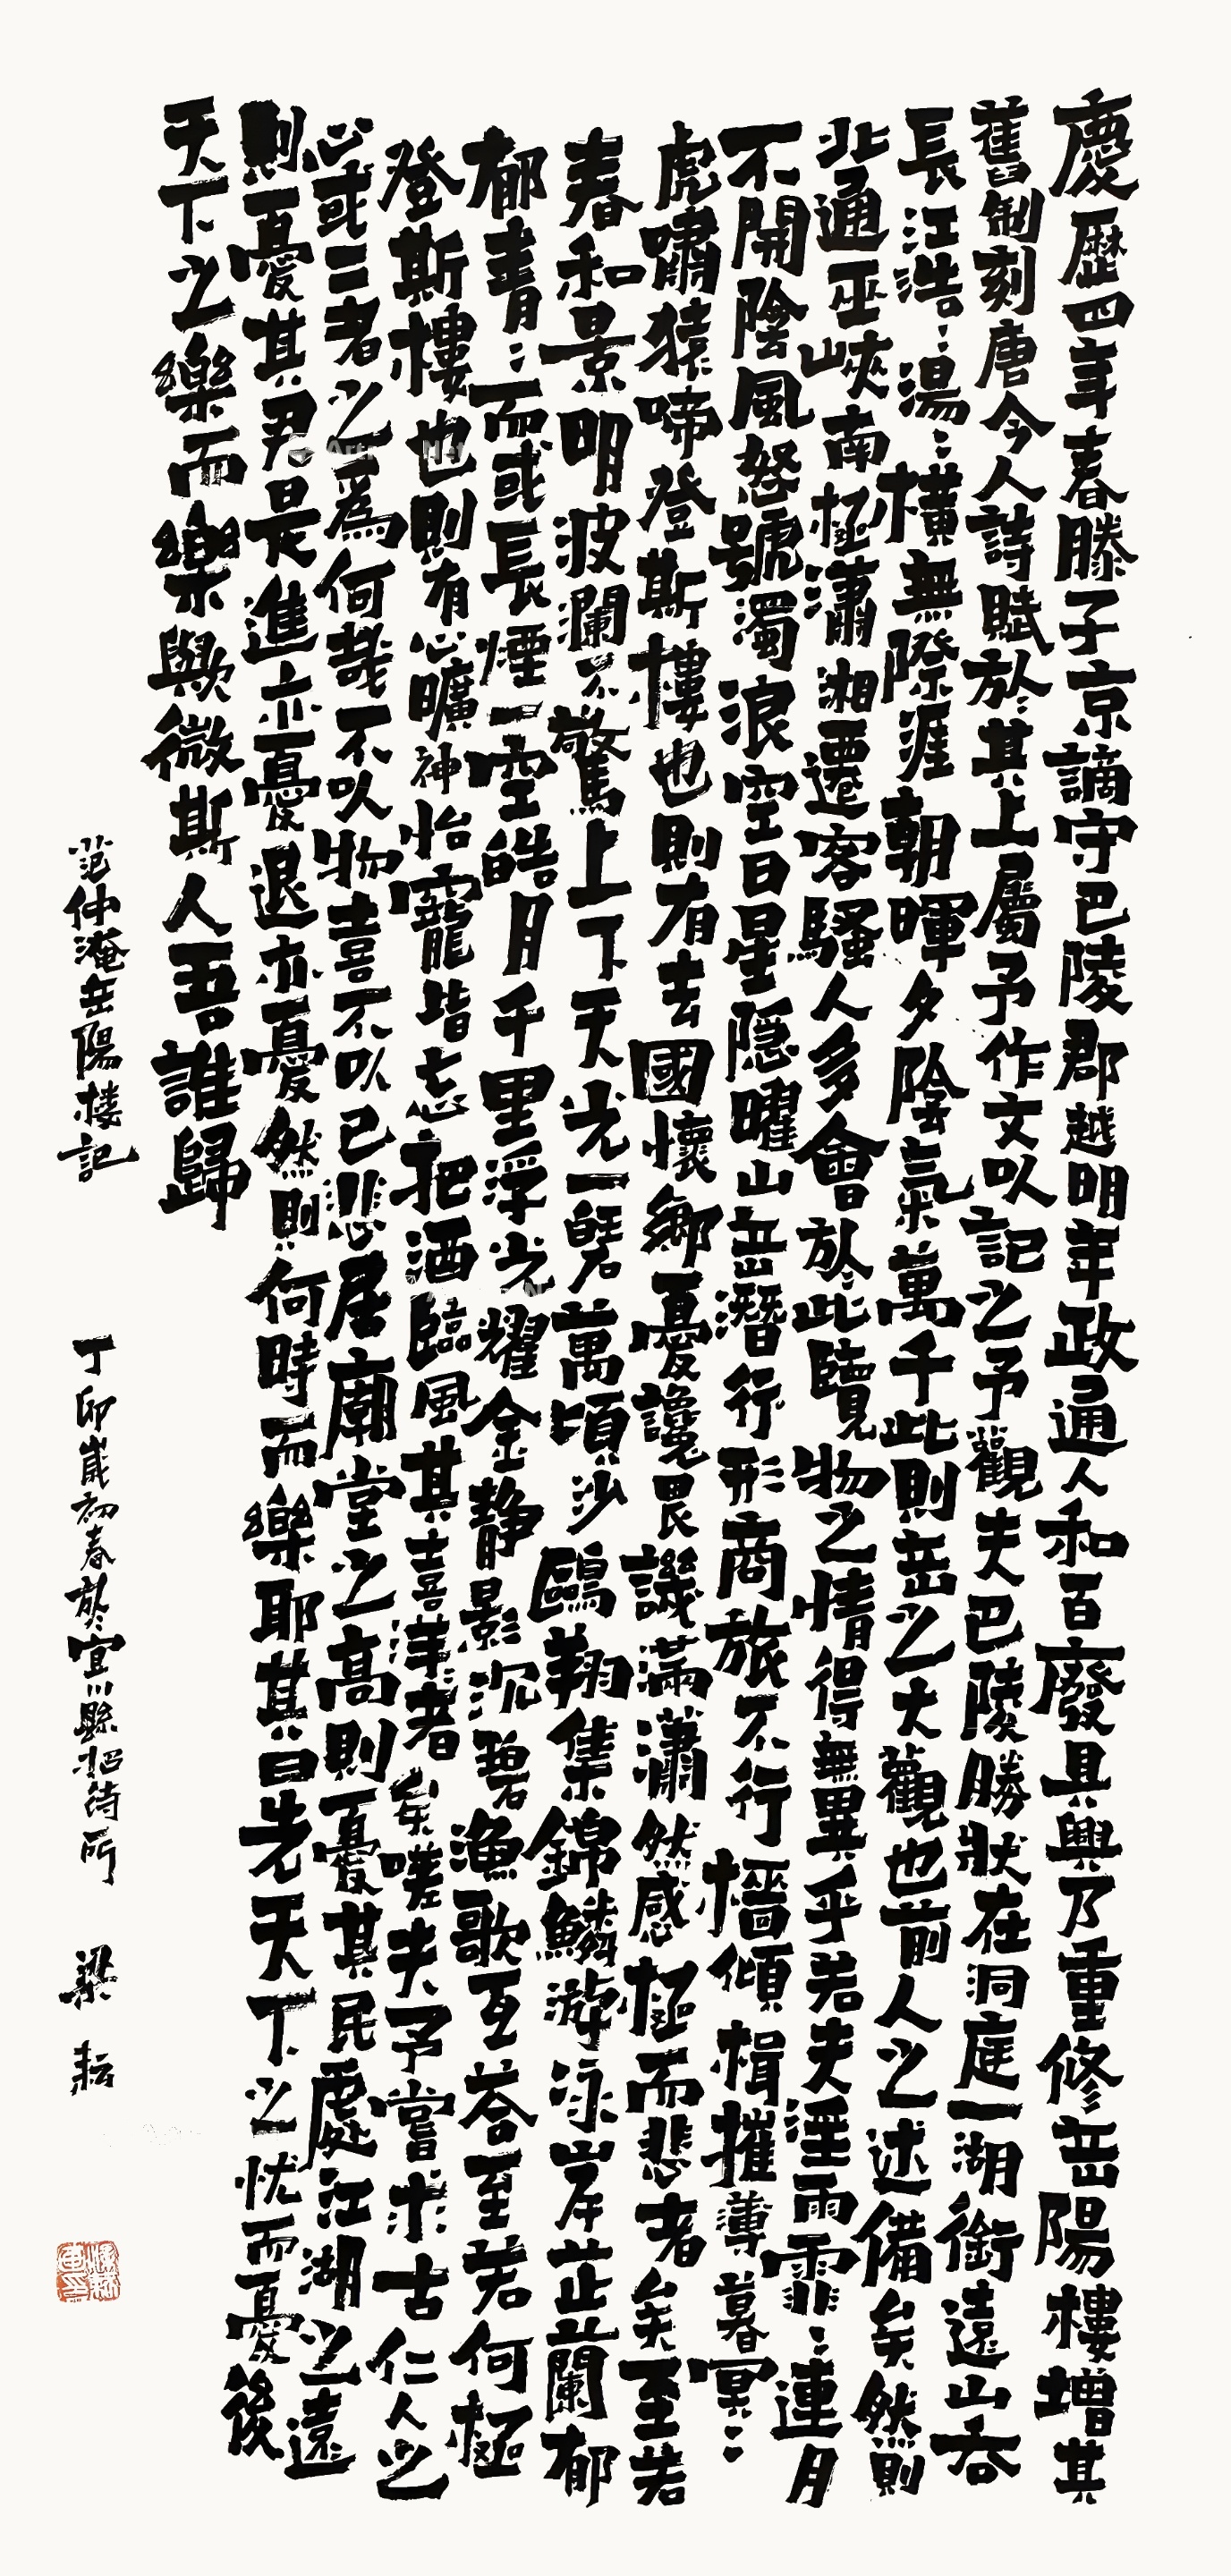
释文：庆历四年春，滕子京谪守巴陵郡。越明年，政通人和，百废俱兴。乃重修岳阳楼，增其旧制，刻唐贤今人诗赋于其上。属予作文以记之。

予观夫巴陵胜状，在洞庭一湖。衔远山，吞长江，浩浩汤汤，横无际涯；朝晖夕阴，气象万千。此则岳阳楼之大观也，前人之述备矣。然则北通巫峡，南极潇湘，迁客骚人，多会于此，览物之情，得无异乎？

若夫霪雨霏霏，连月不开，阴风怒号，浊浪排空；日星隐曜，山岳潜形；商旅不行，樯倾楫摧；薄暮冥冥，虎啸猿啼。登斯楼也，则有去国怀乡，忧谗畏讥，满目萧然，感极而悲者矣。

至若春和景明，波澜不惊，上下天光，一碧万顷；沙鸥翔集，锦鳞游泳；岸芷汀兰，郁郁青青。而或长烟一空，皓月千里，浮光跃金，静影沉璧，渔歌互答，此乐何极！登斯楼也，则有心旷神怡，宠辱偕忘，把酒临风，其喜洋洋者矣。

嗟夫！予尝求思前人之述，或异二者之为，何哉？不以物喜，不以己悲；居庙堂之高则忧其民；处江湖之远则忧其君。是进亦忧，退亦忧。然则何时而乐耶？其必曰：“先天下之忧而忧，后天下之乐而乐”乎。噫！微斯人，吾谁与归？

时六年九月二十日。梁耘